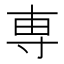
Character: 専